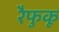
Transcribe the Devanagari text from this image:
रैफुकू